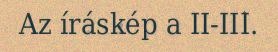
Az íráskép a II-III.